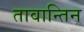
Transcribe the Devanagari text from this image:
तावान्तिन